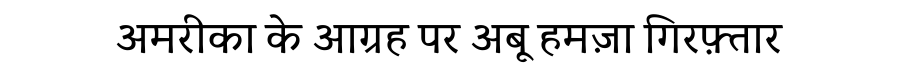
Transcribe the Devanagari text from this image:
अमरीका के आग्रह पर अबू हमज़ा गिरफ़्तार